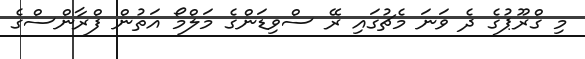
މި ގްރޫޕުގެ ދެ ވަނަ މެޗުގައި ރޭ ސްވިޑަންގެ މަލްމޯ އަތުން ފްރާންސްގެ